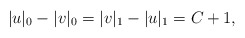
\begin{align*}|u|_0 - |v|_0 = |v|_1 - |u|_1 = C + 1,\end{align*}